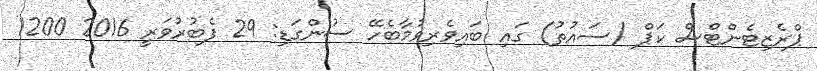
ޕްރެޒިޓެންޓްސް ކަޕް (ސައުތު) ގައި ބައިވެރިވުމާބެހޭ ސުންގަޑި: 29 ފެބުރުވަރީ 2016 1200